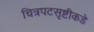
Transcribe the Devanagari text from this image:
चित्रपटसृष्टीकडे